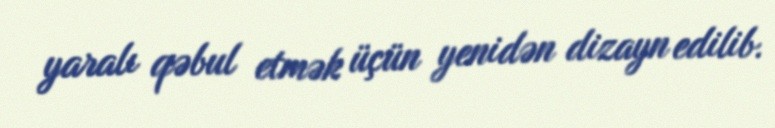
yaralı qəbul etmək üçün yenidən dizayn edilib.